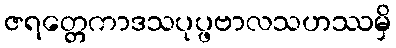
ဇရတ္တေကာဒသပုပ္ဖဗာလသဟဿမှိ